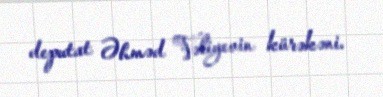
deputat Əhməd Vəliyevin kürəkəni.